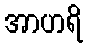
အာဟရိ